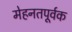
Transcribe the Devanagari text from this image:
मेहनतपूर्वक